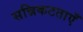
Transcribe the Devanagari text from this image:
सन्निकटताएँ